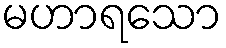
မဟာရသော